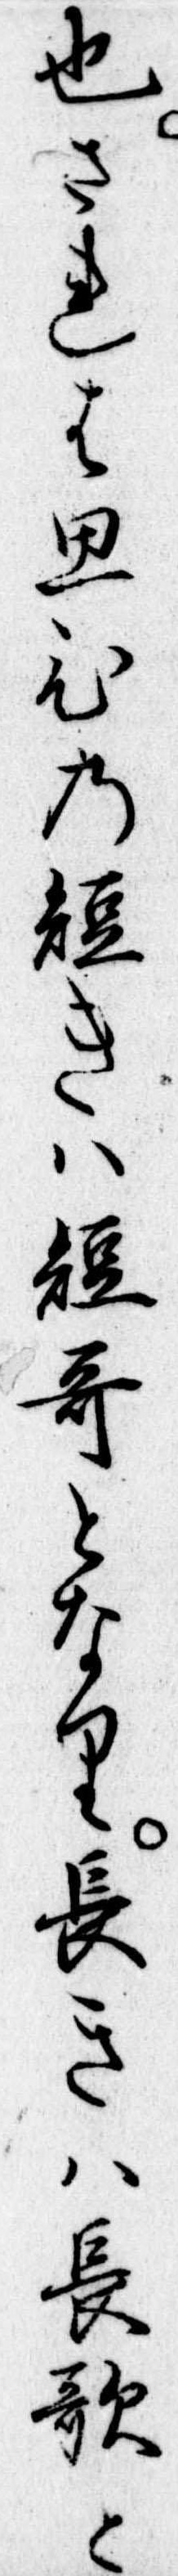
也されは思ひの短きは短歌となり長きは長歌と